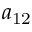
a _ { \mathrm { 1 2 } }